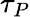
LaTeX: \tau_{P}